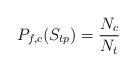
LaTeX: \begin{align*}P_{f,c}(S_{tp})=\frac{N_c}{N_t}\end{align*}